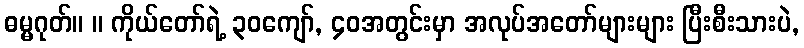
ဓမ္မဂုတ်။ ။ ကိုယ်တော်ရဲ့ ၃၀ကျော်, ၄၀အတွင်းမှာ အလုပ်အတော်များများ ပြီးစီးသားပဲ,